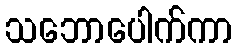
သဘောပေါက်ကာ